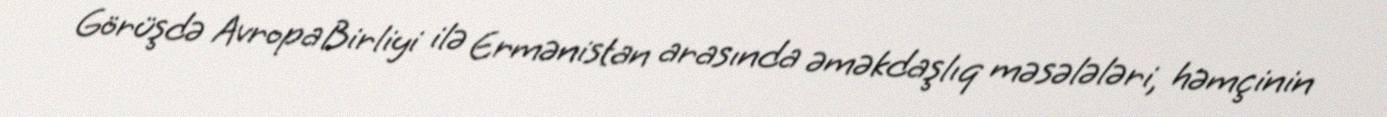
Görüşdə Avropa Birliyi ilə Ermənistan arasında əməkdaşlıq məsələləri, həmçinin